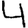
Digit: 4